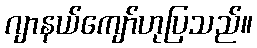
ဂျာနယ်ကျော်ဟုပြသည်။